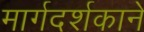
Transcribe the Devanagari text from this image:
मार्गदर्शकाने